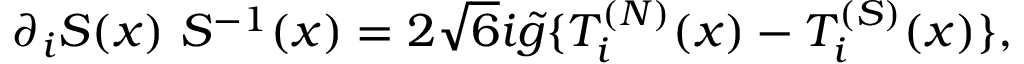
\partial _ { i } S ( x ) \ S ^ { - 1 } ( x ) = 2 \sqrt { 6 } i \tilde { g } \{ { \cal T } _ { i } ^ { ( N ) } ( x ) - { \cal T } _ { i } ^ { ( S ) } ( x ) \} ,